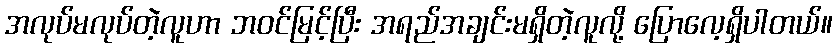
အလုပ်မလုပ်တဲ့လူဟာ ဘဝင်မြင့်ပြီး အရည်အချင်းမရှိတဲ့လူလို့ ပြောလေ့ရှိပါတယ်။